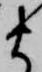
ま